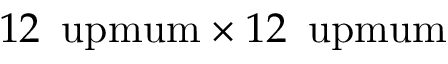
1 2 \, \mathrm { \ u p m u m } \times 1 2 \, \mathrm { \ u p m u m }